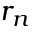
r _ { n }